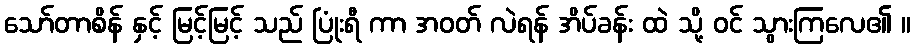
သော်တာစိန် နှင့် မြင့်မြင့် သည် ပြုံးရီ ကာ အဝတ် လဲရန် အိပ်ခန်း ထဲ သို့ ဝင် သွားကြလေ၏ ။